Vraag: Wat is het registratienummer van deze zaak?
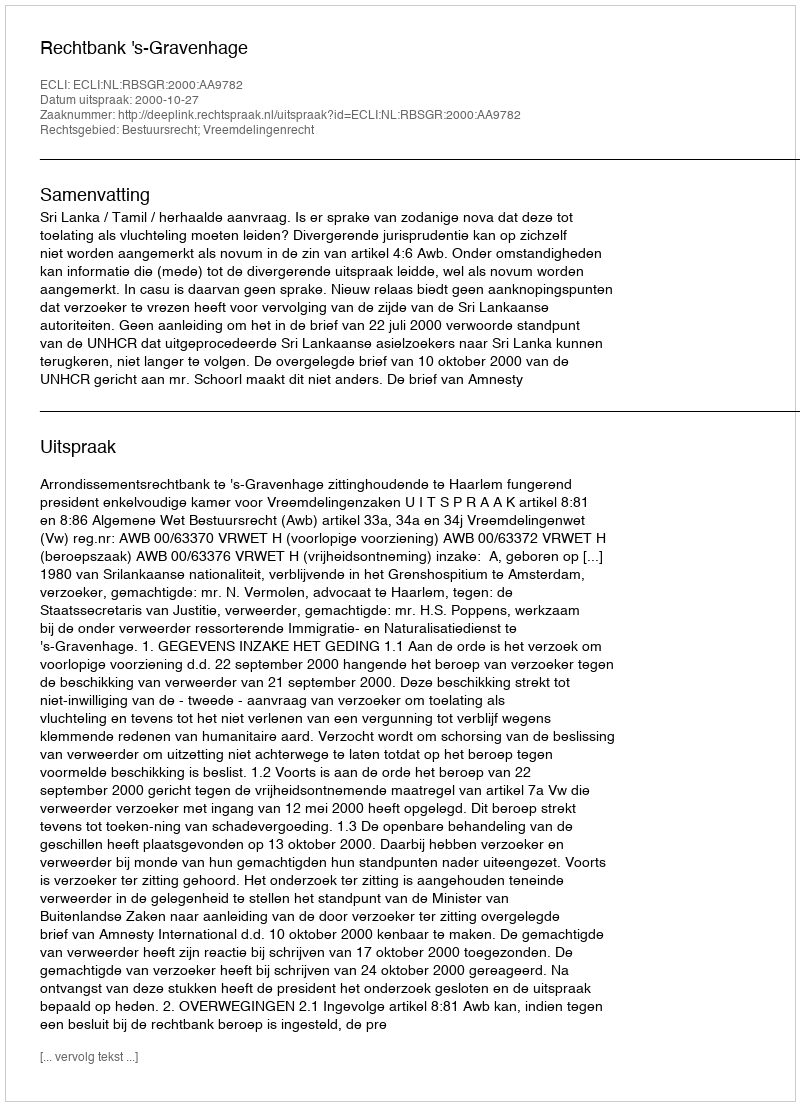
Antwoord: http://deeplink.rechtspraak.nl/uitspraak?id=ECLI:NL:RBSGR:2000:AA9782